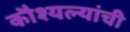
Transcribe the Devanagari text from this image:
कौश्यल्यांची